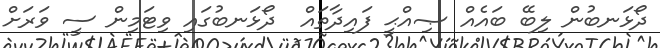
ދޯޅަނބުން ލިބޭ ބައެއް ޞިއްޙީ ފައިދާތައް  ދޯޅަނބުގައި ވިޓަމިން ސީ ވަރަށް